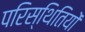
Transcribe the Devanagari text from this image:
परिस्‍िथतियों